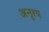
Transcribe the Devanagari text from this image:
अनुरप